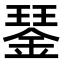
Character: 𨨖